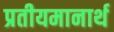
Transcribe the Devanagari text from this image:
प्रतीयमानार्थ